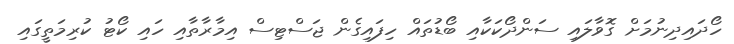
ހޯދައިދިނުމަށް ގޮވާލައި ސަންދޯކަކާއި ބޯޑުތައް ހިފައިގެން ޖަސްޓިސް އިމާރާތާއި ހައި ކޯޓު ކުރިމަތީގައި